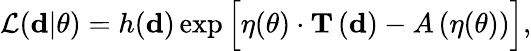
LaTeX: \begin{array}{r}{\mathcal{L}(\mathbf{d}|\mathbf{\theta})=h(\mathbf{d})\exp\Big[\mathbf{\eta}(\mathbf{\theta})\cdot\mathbf{T}\left(\mathbf{d}\right)-A\left(\mathbf{\eta}(\mathbf{\theta})\right)\Big],}\end{array}